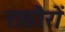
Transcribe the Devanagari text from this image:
राठौरों